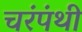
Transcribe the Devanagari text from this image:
चरंपंथी